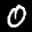
Label: 0